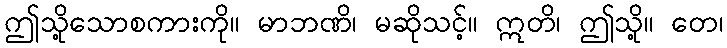
ဤသို့သောစကားကို။ မာဘဏိ၊ မဆိုသင့်။ ဣတိ၊ ဤသို့။ တေ၊